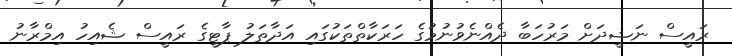
ރައީސް ނަޝީދަށް މަރުހަބާ ދެއްނެވުނުމުގެ ހަރަކާތްތަކުގައި އަދާތަލު ޕާޓީގެ ރައީސް ޝެއިހު އިމްރާނު